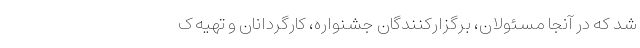
شد که در آنجا مسئولان، برگزارکنندگان جشنواره، کارگردانان و تهیه ک